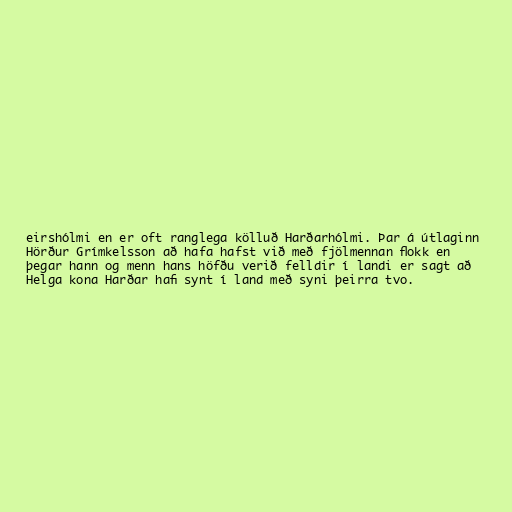
eirshólmi en er oft ranglega kölluð Harðarhólmi. Þar á útlaginn
Hörður Grímkelsson að hafa hafst við með fjölmennan flokk en
þegar hann og menn hans höfðu verið felldir í landi er sagt að
Helga kona Harðar hafi synt í land með syni þeirra tvo.